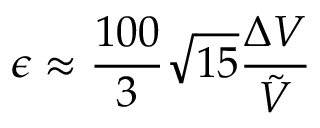
\epsilon \approx \frac { 1 0 0 } 3 \sqrt { 1 5 } \frac { \Delta V } { \tilde { V } }